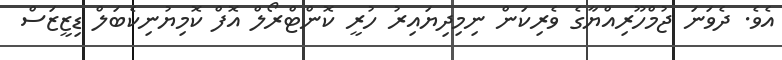
އެވެ. ދެވަނަ ޖުމްހޫރިއްޔާގެ ވެރިކަން ނިމިދިޔައިރު ހުރީ ކޮންޓްރޯލް އޮފް ކޮމިޔުނިކެބަލް ޑިޒީޒަސް